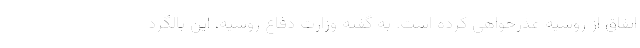
اتفاق از روسیه عذرخواهی کرده است. به گفته وزارت دفاع روسیه، این بالگرد